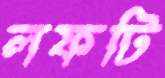
লফটি